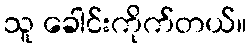
သူ ခေါင်းကိုက်တယ်။